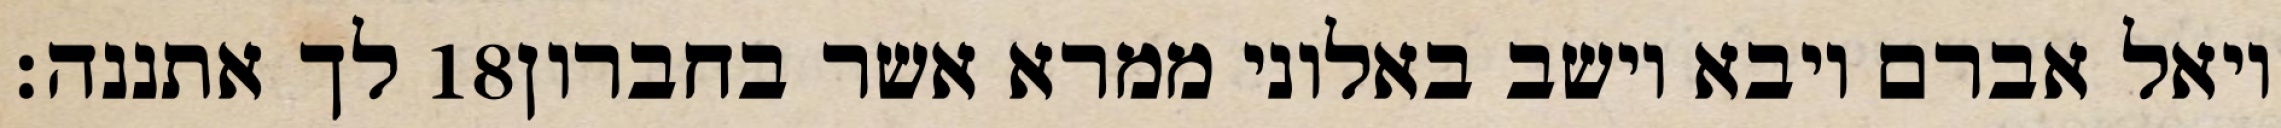
לך אתננה׃ ‎18‏ ויאל אברם ויבא וישב באלוני ממרא אשר בחברון